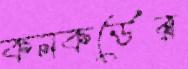
কনকর্ডের